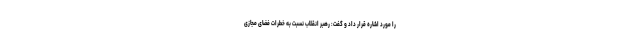
را مورد اشاره قرار داد و گفت: رهبر انقلاب نسبت به خطرات فضای مجازی